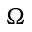
\Omega